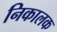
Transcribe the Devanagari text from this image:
निकालक